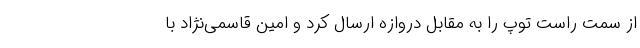
از سمت راست توپ را به مقابل دروازه ارسال کرد و امین قاسمی‌نژاد با